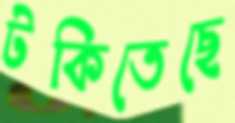
টকিতেছে